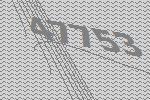
47753